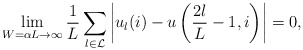
\begin{align*}\lim_{W=\alpha L\to\infty}\frac{1}{L}\sum_{l\in\mathcal{L}}\left| u_{l}(i) - u\left( \frac{2l}{L} - 1,i \right)\right|=0, \end{align*}